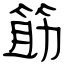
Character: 筯